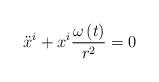
LaTeX: \begin{align*}\ddot{x}^{i}+x^{i}\frac{\omega\left( t\right) }{r^{2}}=0 \end{align*}